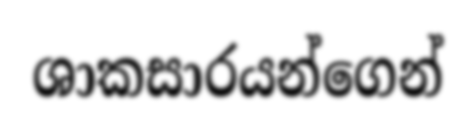
ශාකසාරයන්ගෙන්